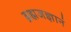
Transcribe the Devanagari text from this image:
ब्रह्मजज्ञानं